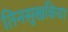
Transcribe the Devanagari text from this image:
तिनसुखकिया